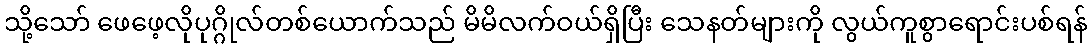
သို့သော် ဖေဖေ့လိုပုဂ္ဂိုလ်တစ်ယောက်သည် မိမိလက်ဝယ်ရှိပြီး သေနတ်များကို လွယ်ကူစွာရောင်းပစ်ရန်